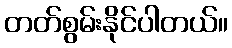
တတ်စွမ်းနိုင်ပါတယ်။